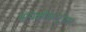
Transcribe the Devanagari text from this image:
मायक्रोकन्ट्रोलर